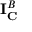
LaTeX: \mathbf { I } _ { \mathbf { C } } ^ { B }